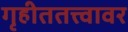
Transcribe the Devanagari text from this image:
गृहीततत्त्वावर